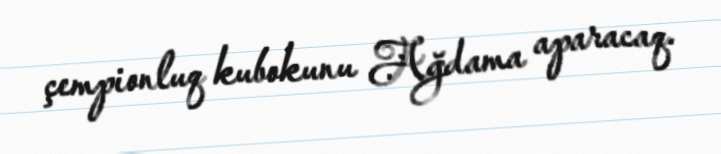
çempionluq kubokunu Ağdama aparacaq.